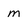
Character: m